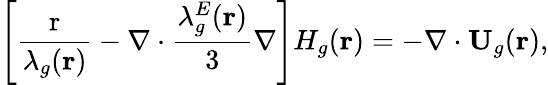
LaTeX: \left[{\frac{\mathrm{{r}}}{{{\lambda_{g}}({\mathbf{r}})}}-\nabla\cdot\frac{{\lambda_{g}^{E}({\mathbf{r}})}}{3}\nabla}\right]{H_{g}}({\mathbf{r}})=-\nabla\cdot{{\mathbf{U}}_{g}}({\mathbf{r}}),